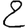
Digit: 2